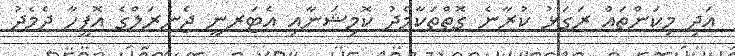
އަދި މިކަންތައް ރަގަޅު ކުރާނެ ގޮތްތަކާމެދު ކޮމިޝަނާއި އެޓަރނީ ޖެނެރަލްގެ އޮފީހާ ދެމެދު